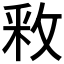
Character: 𫾶